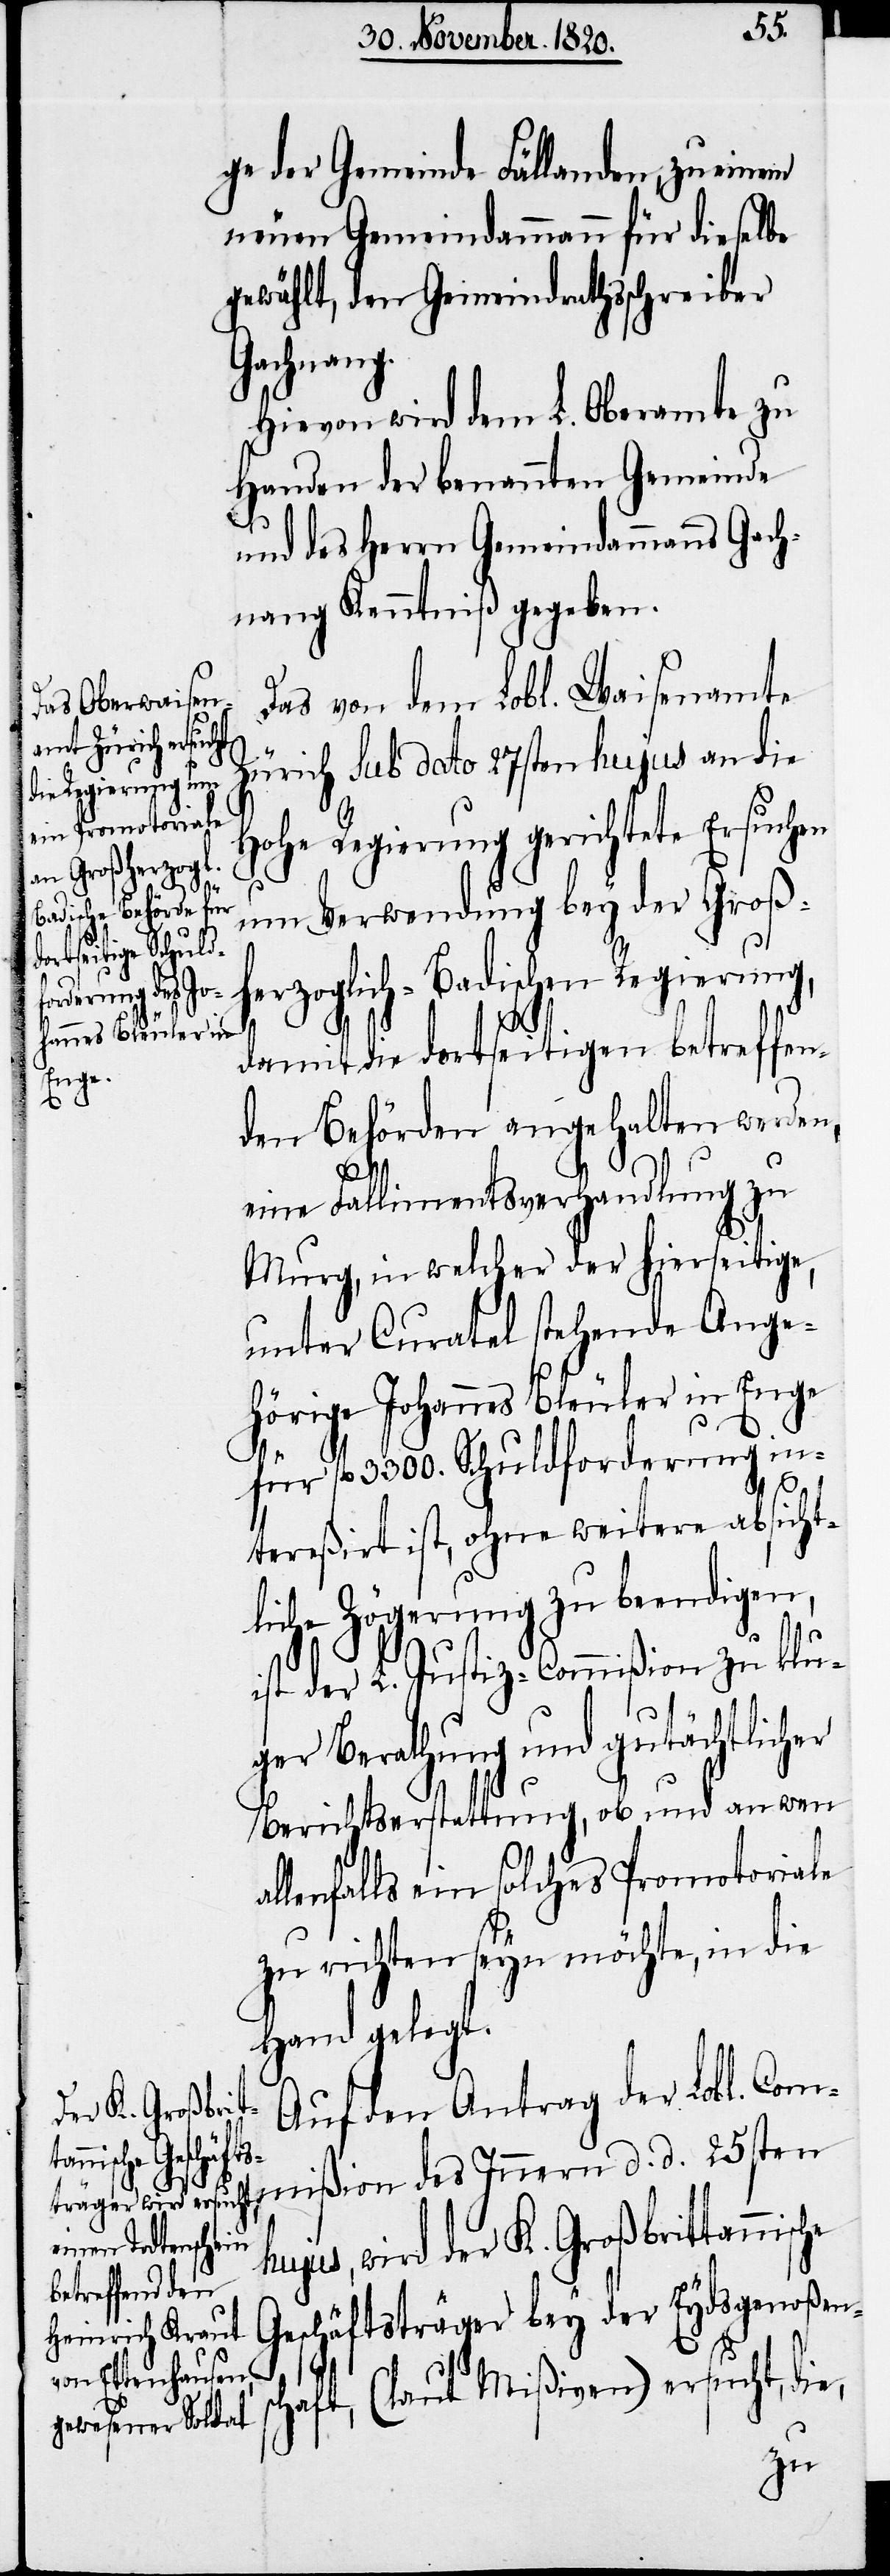
ge der Gemeinde Fällanden; zu einem
neuen Gemeindammann für dieselbe
gewählt, den Gemeindrathsschreiber
Gachnang.
Hievon wird dem L. Oberamte zu
Handen der benannten Gemeinde
und des Herrn Gemeindammanns Gach¬
nang Kenntniß gegeben.
Das von dem Lobl. Waisenamte
Zürich sub dato 27sten hujus an die
hohe Regierung gerichtete Ersuchen
um Verwendung bey der Groß¬
herzoglich-Badischen Regierung,
damit die dortseitigen betreffe¬
nden Behörden angehalten werden,
eine Fallimentsverhandlung zu
Murg, in welcher der hierseitige,
unter Curatel stehende Ange¬
hörige Johannes Bleuler in Enge
sc¬
für fl. 3300. Schuldforderung in¬
tereßirt ist, ohne weitere absicht¬
liche Zögerung zu beendigen,
ist der L. Justiz-Commißion zu klu¬
ger Berathung und gutächtlicher
Berichtserstattung, ob und an wen
llenfalls ein solches Promotoriale
zu richten seyn möchte, in die
Hand gelegt.
Auf den Antrag der Lobl. Com¬
mißion des Innern d. d. 25sten
hujus, wird der K. Großbrittannis¬
Geschäftsträger bey der Eydsgenoßen¬
haft, (laut Mißiven) ersucht, die,